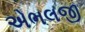
એભલજી